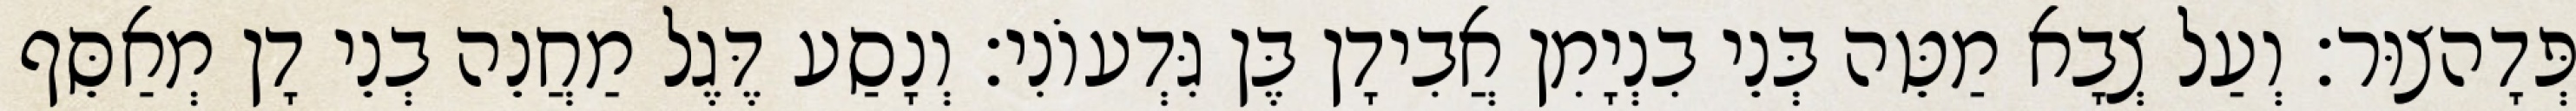
פְּדָהצוּר׃ וְעַל צְבָא מַטֵּה בְּנֵי בִנְיָמִן אֲבִידָן בֶּן גִּדְעוֹנִי׃ וְנָסַע דֶּגֶל מַחֲנֵה בְנֵי דָן מְאַסֵּף